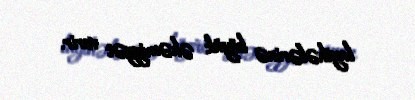
layihələrinə böyük əhəmiyyət verir.